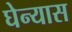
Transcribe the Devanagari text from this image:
घेन्यास